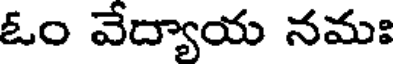
ఓం వేద్యాయ నమః